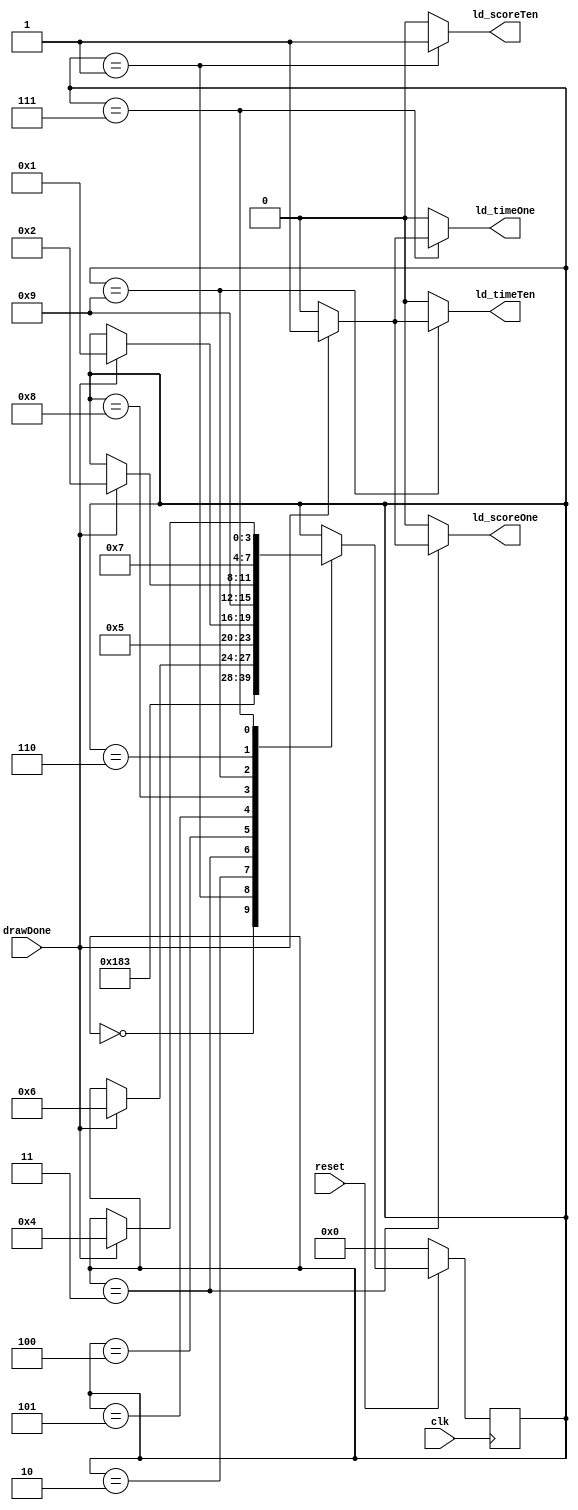
		
module display_ctrl(input clk, reset, drawDone, output reg ld_timeOne, ld_timeTen, ld_scoreOne, ld_scoreTen);
	
	reg [3:0] currentState, nextState;
	
	localparam RESET = 4'b0,
				  WAIT = 4'b1,
				  TIMETEN = 4'b10,
				  WAIT_TIMETEN = 4'b11,
				  TIMEONE = 4'b100,
				  WAIT_TIMEONE = 4'b101,
				  SCOREONE = 4'b110,
				  WAIT_SCOREONE = 4'b111,
				  SCORETEN = 4'b1000,
				  WAIT_SCORETEN = 4'b1001;
				  
	
	always @ (posedge clk)
		if(!reset) currentState <= RESET;
		//else if (save) currentState <= SAVEWAIT;
		else currentState <= nextState;
	
	always @ (*) begin
		
		ld_timeTen = 1'b0;
		ld_timeOne = 1'b0;
		ld_scoreTen = 1'b0;
		ld_scoreOne = 1'b0;
		nextState = currentState;
		
		case (currentState)
			RESET: nextState = WAIT;
			WAIT: begin 
				nextState = SCORETEN;
				ld_scoreTen = 1'b1;
			end
			
			TIMETEN: begin
				nextState = WAIT_TIMETEN;
			end
			
			WAIT_TIMETEN: begin 
				if (drawDone) begin
					nextState = SCOREONE;
					ld_scoreOne = 1'b1;
				end
			end
			
			TIMEONE: begin
				nextState = WAIT_TIMEONE;
			end
			
			WAIT_TIMEONE: begin 
				if (drawDone) nextState = WAIT;
			end
			SCORETEN: begin
				nextState = WAIT_SCORETEN;
			end
			WAIT_SCORETEN:  begin
				if (drawDone) begin
					nextState = TIMETEN;
					ld_timeTen = 1'b1;
				end
			end
			
			SCOREONE: begin
				nextState = WAIT_SCOREONE;
			end
			
			WAIT_SCOREONE: begin 
				if (drawDone) begin
					nextState = TIMEONE;
					ld_timeOne = 1'b1;
				end
			end
			
		endcase
	end
endmodule